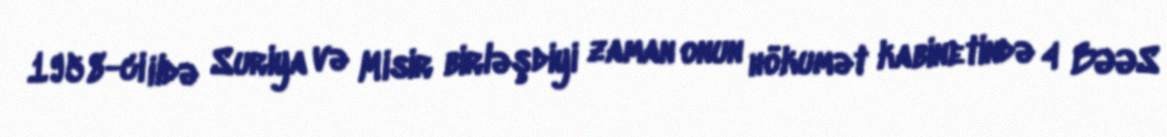
1958-ci ildə Suriya və Misir birləşdiyi zaman onun hökumət kabinetində 4 BƏƏS